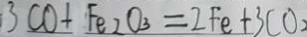
3 C O + F e _ { 2 } O _ { 3 } = 2 F e + 3 C O _ { 2 }